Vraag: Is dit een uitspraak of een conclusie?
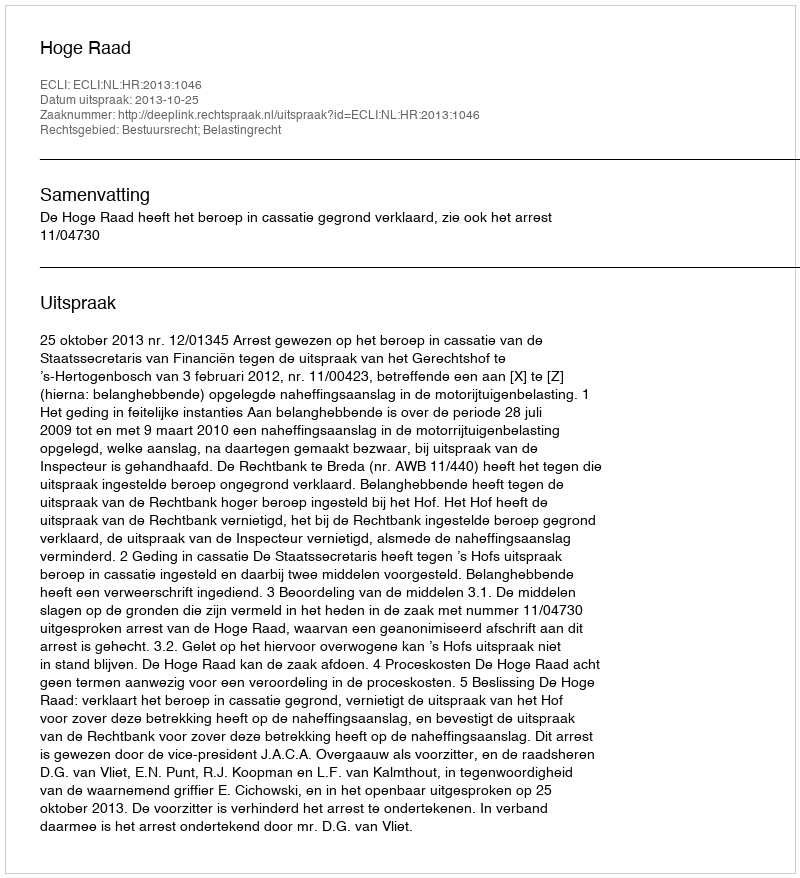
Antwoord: Uitspraak